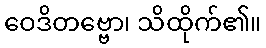
ဝေဒိတဗ္ဗော၊ သိထိုက်၏။